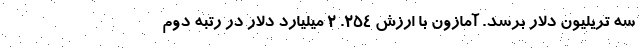
سه تریلیون دلار برسد. آمازون با ارزش ۲۵۴. ۲ میلیارد دلار در رتبه دوم